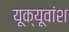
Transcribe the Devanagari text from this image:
यूक्यूवांश